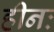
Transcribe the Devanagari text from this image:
हीनः